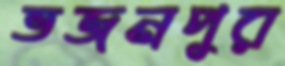
ভজনপুর